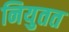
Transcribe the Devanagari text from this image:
नियुतत